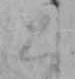
と